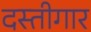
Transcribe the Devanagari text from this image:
दस्तीगार